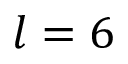
l = 6